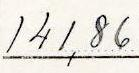
141,86